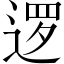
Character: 逻